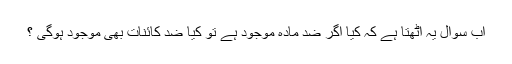
اب سوال یہ اٹھتا ہے کہ کیا اگر ضد مادّہ موجود ہے تو کیا ضد کائنات بھی موجود ہوگی ؟